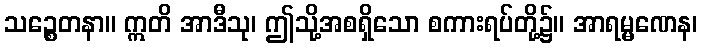
သဉ္စေတနာ။ ဣတိ အာဒီသု၊ ဤသို့အစရှိသော စကားရပ်တို့၌။ အာရမ္မဏေန၊